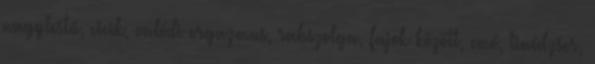
nagytestű, cicik, valódi orgazmus, rabszolga, fajok között, emó, tinédzser,